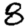
Digit: 8